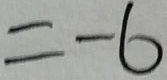
= - 6